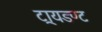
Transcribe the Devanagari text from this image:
ट्रायडण्ट